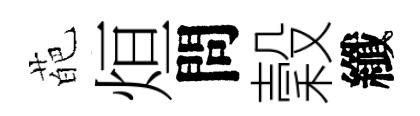
葩烜問穀纖